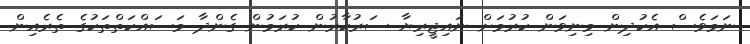
ނަމަވެސް އެކުދިން މިނިވަން ކުރުމަށް ނައިޖީރިޔާ ސަރުކާރުން ކުރަމުން ގެންދާ މަސައްކަތްތަކުގެ ތެރެއިން